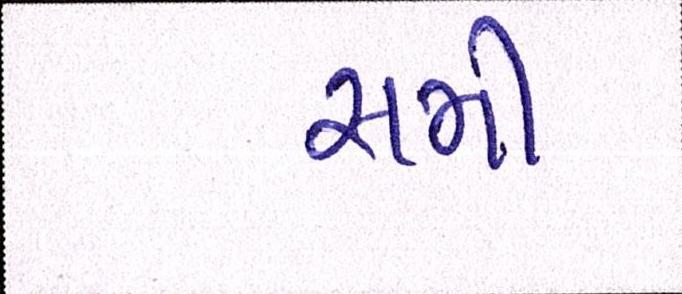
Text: સમી